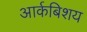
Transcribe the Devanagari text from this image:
आर्कबिशय